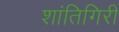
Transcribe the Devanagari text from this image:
शांतिगिरी